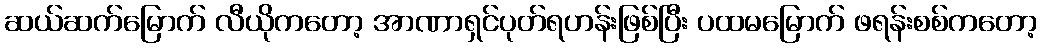
ဆယ်ဆက်မြောက် လီယိုကတော့ အာဏာရှင်ပုတ်ရဟန်းဖြစ်ပြီး ပထမမြောက် ဖရန်းစစ်ကတော့